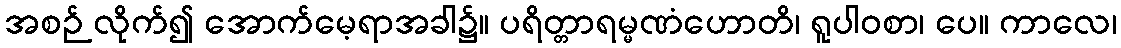
အစဉ် လိုက်၍ အောက်မေ့ရာအခါ၌။ ပရိတ္တာရမ္မဏံဟောတိ၊ ရူပါဝစာ၊ ပေ။ ကာလေ၊